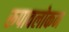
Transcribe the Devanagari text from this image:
रूपावलोकन